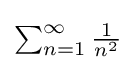
{\textstyle \sum _{n=1}^{\infty }{\frac {1}{n^{2}}}}